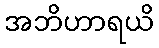
အဘိဟာရယိ